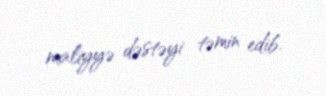
maliyyə dəstəyi təmin edib.